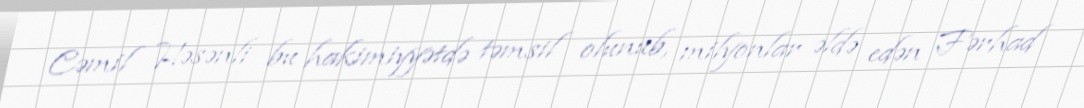
Cəmil Həsənli bu hakimiyyətdə təmsil olunub, milyonlar əldə edən Fərhad